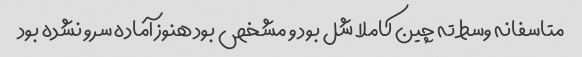
متاسفانه وسط ته چین کاملا شل بود و مشخص بود هنوز آماده سرو نشده بود